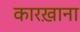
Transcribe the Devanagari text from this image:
कारख़ाना